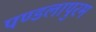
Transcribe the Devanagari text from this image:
पण्डलापुरम